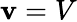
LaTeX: \mathbf{v}=V